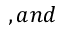
, a n d